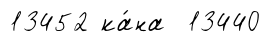
13452 ка́на 13440